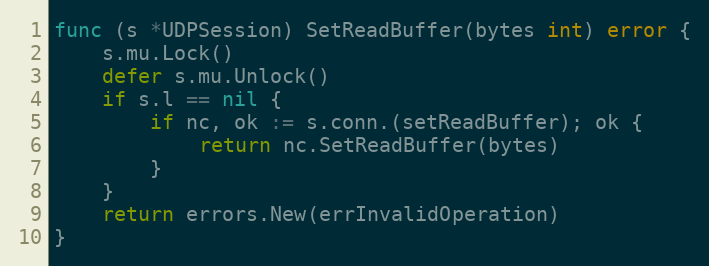
Language: Go
func (s *UDPSession) SetReadBuffer(bytes int) error {
	s.mu.Lock()
	defer s.mu.Unlock()
	if s.l == nil {
		if nc, ok := s.conn.(setReadBuffer); ok {
			return nc.SetReadBuffer(bytes)
		}
	}
	return errors.New(errInvalidOperation)
}